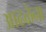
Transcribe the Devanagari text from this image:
आढळेना